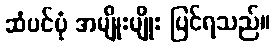
ဆံပင်ပုံ အမျိုးမျိုး ပြင်ရသည်။